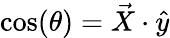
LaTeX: \cos(\theta)=\vec{X}\cdot\hat{y}